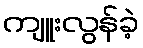
ကျူးလွန်ခဲ့